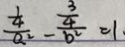
\frac { \frac { 1 } { 4 } } { a ^ { 2 } } - \frac { \frac { 3 } { 4 } } { b ^ { 2 } } = 1 \cdot